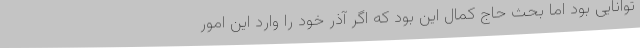
توانایی بود اما بحث حاج کمال این بود که اگر آذر خود را وارد این امور